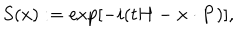
S ( x ) : = \exp [ - i ( t H - { \bf x } \cdot { \bf P } ) ] ,